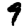
Digit: 9